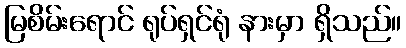
မြစိမ်းရောင် ရုပ်ရှင်ရုံ နားမှာ ရှိသည်။